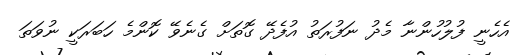
އެހެނީ ފުލުހުންނާ މެދު ނަފުރަތު އުފެދޭ ގޮތަށް ގެނެވޭ ކޮންމެ ހަބަރަކީ ނުވަތަ